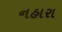
નહારા